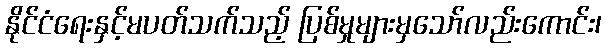
နိုင်ငံရေးနှင့်မပတ်သက်သည့် ပြစ်မှုများမှသော်လည်းကောင်း၊